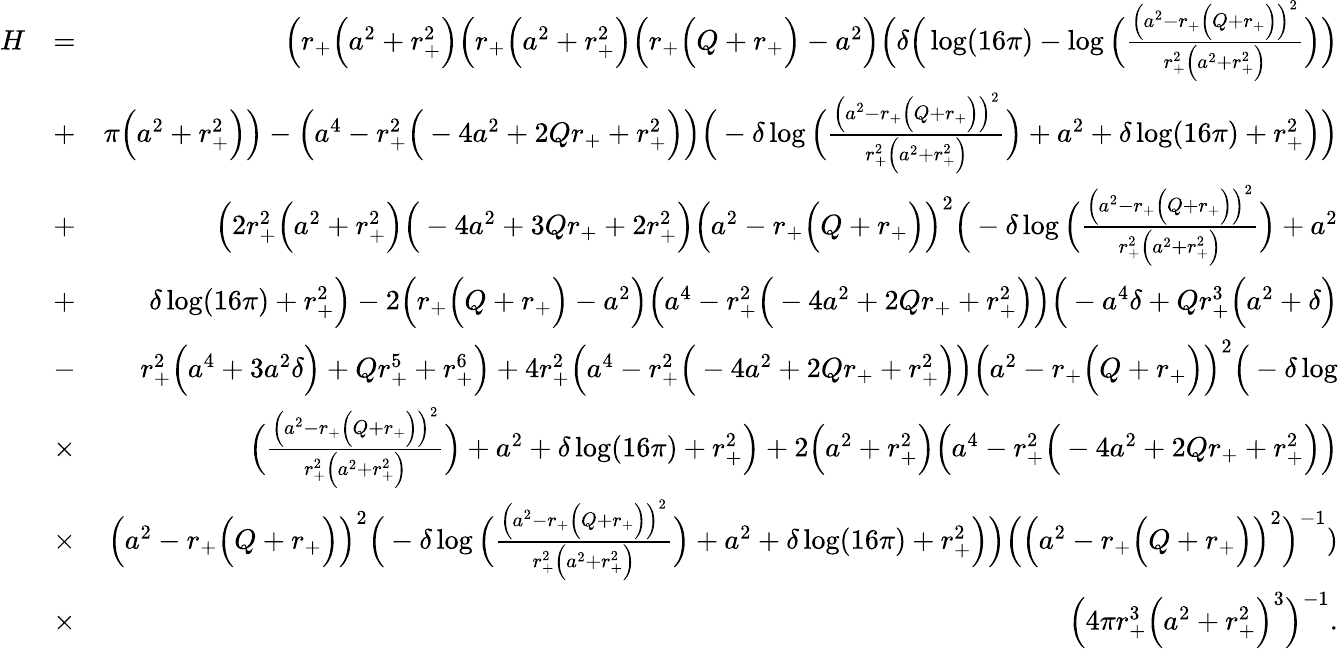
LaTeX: \begin{array}{rlr}{H}&{=}&{\Big(r_{+}\Big(a^{2}+r_{+}^{2}\Big)\Big(r_{+}\Big(a^{2}+r_{+}^{2}\Big)\Big(r_{+}\Big(Q+r_{+}\Big)-a^{2}\Big)\Big(\delta\Big(\log(16\pi)-\log\Big(\frac{\Big(a^{2}-r_{+}\Big(Q+r_{+}\Big)\Big)^{2}}{r_{+}^{2}\Big(a^{2}+r_{+}^{2}\Big)}\Big)\Big)}\\ &{+}&{\pi\Big(a^{2}+r_{+}^{2}\Big)\Big)-\Big(a^{4}-r_{+}^{2}\Big(-4a^{2}+2Qr_{+}+r_{+}^{2}\Big)\Big)\Big(-\delta\log\Big(\frac{\Big(a^{2}-r_{+}\Big(Q+r_{+}\Big)\Big)^{2}}{r_{+}^{2}\Big(a^{2}+r_{+}^{2}\Big)}\Big)+a^{2}+\delta\log(16\pi)+r_{+}^{2}\Big)\Big)}\\ &{+}&{\Big(2r_{+}^{2}\Big(a^{2}+r_{+}^{2}\Big)\Big(-4a^{2}+3Qr_{+}+2r_{+}^{2}\Big)\Big(a^{2}-r_{+}\Big(Q+r_{+}\Big)\Big)^{2}\Big(-\delta\log\Big(\frac{\Big(a^{2}-r_{+}\Big(Q+r_{+}\Big)\Big)^{2}}{r_{+}^{2}\Big(a^{2}+r_{+}^{2}\Big)}\Big)+a^{2}}\\ &{+}&{\delta\log(16\pi)+r_{+}^{2}\Big)-2\Big(r_{+}\Big(Q+r_{+}\Big)-a^{2}\Big)\Big(a^{4}-r_{+}^{2}\Big(-4a^{2}+2Qr_{+}+r_{+}^{2}\Big)\Big)\Big(-a^{4}\delta+Qr_{+}^{3}\Big(a^{2}+\delta\Big)}\\ &{-}&{r_{+}^{2}\Big(a^{4}+3a^{2}\delta\Big)+Qr_{+}^{5}+r_{+}^{6}\Big)+4r_{+}^{2}\Big(a^{4}-r_{+}^{2}\Big(-4a^{2}+2Qr_{+}+r_{+}^{2}\Big)\Big)\Big(a^{2}-r_{+}\Big(Q+r_{+}\Big)\Big)^{2}\Big(-\delta\log}\\ &{\times}&{\Big(\frac{\Big(a^{2}-r_{+}\Big(Q+r_{+}\Big)\Big)^{2}}{r_{+}^{2}\Big(a^{2}+r_{+}^{2}\Big)}\Big)+a^{2}+\delta\log(16\pi)+r_{+}^{2}\Big)+2\Big(a^{2}+r_{+}^{2}\Big)\Big(a^{4}-r_{+}^{2}\Big(-4a^{2}+2Qr_{+}+r_{+}^{2}\Big)\Big)}\\ &{\times}&{\Big(a^{2}-r_{+}\Big(Q+r_{+}\Big)\Big)^{2}\Big(-\delta\log\Big(\frac{\Big(a^{2}-r_{+}\Big(Q+r_{+}\Big)\Big)^{2}}{r_{+}^{2}\Big(a^{2}+r_{+}^{2}\Big)}\Big)+a^{2}+\delta\log(16\pi)+r_{+}^{2}\Big)\Big)\Big(\Big(a^{2}-r_{+}\Big(Q+r_{+}\Big)\Big)^{2}\Big)^{-1})}\\ &{\times}&{\Big(4\pi r_{+}^{3}\Big(a^{2}+r_{+}^{2}\Big)^{3}\Big)^{-1}.}\end{array}